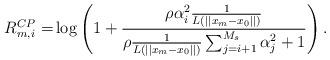
LaTeX: \begin{align*}R^{CP}_{m,i} =& \log\left(1+\frac{\rho \alpha_i^2\frac{1}{{L\left(||x_m-x_0||\right)}}}{\rho \frac{1}{{L\left(||x_m-x_0||\right)}}\sum^{M_s}_{j=i+1}\alpha_j^2+1}\right).\end{align*}